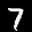
Label: 7